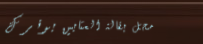
محل بقالة العثابين يوفر ك